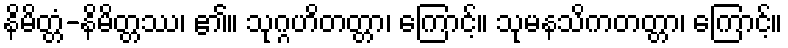
နိမိတ္တံ-နိမိတ္တဿ၊ ၏။ သုဂ္ဂဟိတတ္တာ၊ ကြောင့်။ သုမနသိကတတ္တာ၊ ကြောင့်။